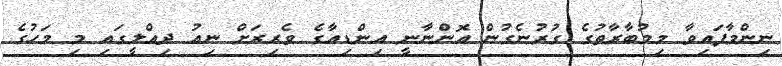
ނިންމާފައިވާ މިމުބާރާތުގެ ގުރުނެގުން އޮންނާނީ އިންޑިއާގެ ވެރިރަށް ނިއު ދިއްލީގައި މި މަހުގެ